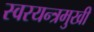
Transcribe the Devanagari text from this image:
स्वरयन्त्रमुखी